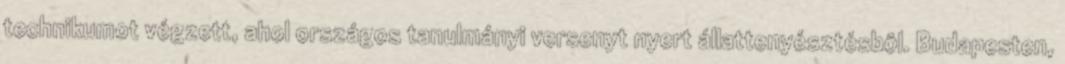
technikumot végzett, ahol országos tanulmányi versenyt nyert állattenyésztésbôl. Budapesten,